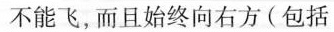
不能飞，而且始终向右方(包括